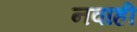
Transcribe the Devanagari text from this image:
नवाही